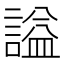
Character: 謚